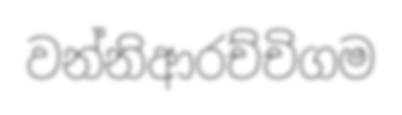
වන්නිආරච්චිගම